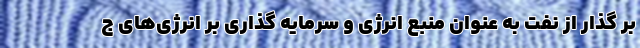
بر گذار از نفت به عنوان منبع انرژی و سرما‌یه گذاری بر انرژی‌های ج